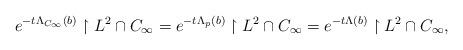
LaTeX: \begin{align*}e^{-t\Lambda_{C_\infty}(b)} \upharpoonright L^2 \cap C_\infty = e^{-t\Lambda_{p}(b)} \upharpoonright L^2 \cap C_\infty = e^{-t\Lambda(b)} \upharpoonright L^2 \cap C_\infty,\end{align*}